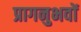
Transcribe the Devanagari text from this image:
प्रागनुभवों